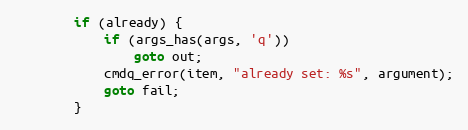
Language: C
		if (already) {
			if (args_has(args, 'q'))
				goto out;
			cmdq_error(item, "already set: %s", argument);
			goto fail;
		}